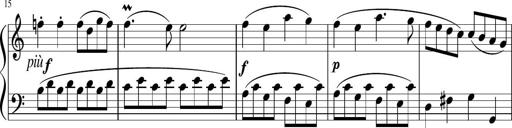
Title: 12 Keyboard Sonatinas
Composer: James Hook